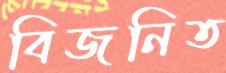
বিজনিত